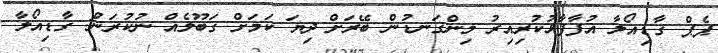
ޕެޕް ގާޑިއޯލާ އުފާފާޅުކުރިއިރު މިންގަނޑުން ބޭރަށް ދިޔަ ކަމަށް ގަބޫލެއް ނުކުރަން: ގާޑިއޯލާ